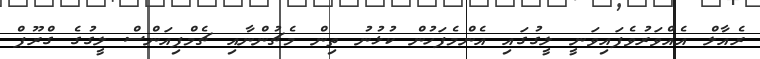
ރެއާލް އެއްވަރުވެފައިވަނީ ލީގުގައި އެންމެފަހުން ކުޅުނު ތިން މެޗުންނާއި ޗެމްޕިއަންސް ލީގުގެ ގްރޫޕް